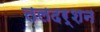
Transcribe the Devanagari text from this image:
तलदर्शन